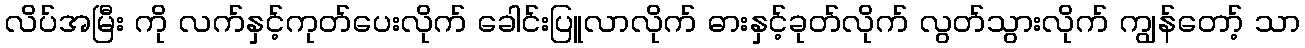
လိပ်အမြီး ကို လက်နှင့်ကုတ်ပေးလိုက် ခေါင်းပြူလာလိုက် ဓားနှင့်ခုတ်လိုက် လွတ်သွားလိုက် ကျွန်တော့် သာ